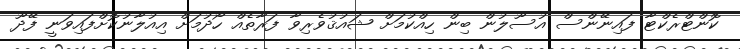
ކޮންޓްރެކްޓާ ފައިނޭންސް އުސޫލުން ބިން ހިއްކުމަށް ޝައުޤުވެރިވާ ފަރާތެއް ހޯދުމަށް އިއުލާނުކޮށްފައިވަނީ ފޭދޫ